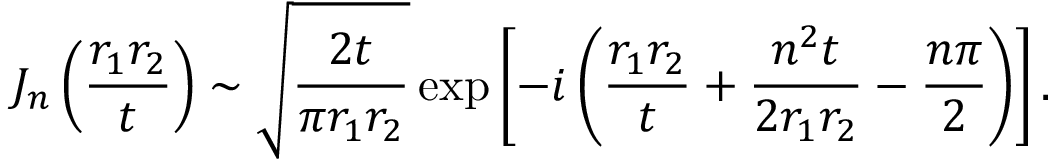
J _ { n } \left( \frac { r _ { 1 } r _ { 2 } } { t } \right) \sim \sqrt { \frac { 2 t } { \pi r _ { 1 } r _ { 2 } } } \exp \left[ - i \left( \frac { r _ { 1 } r _ { 2 } } { t } + \frac { n ^ { 2 } t } { 2 r _ { 1 } r _ { 2 } } - \frac { n \pi } { 2 } \right) \right] .